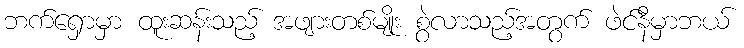
ဘက်ရှောမှာ ထူးဆန်းသည့် အဖျားတစ်မျိုး စွဲလာသည့်အတွက် ဖဲင်နီမှာဘယ်